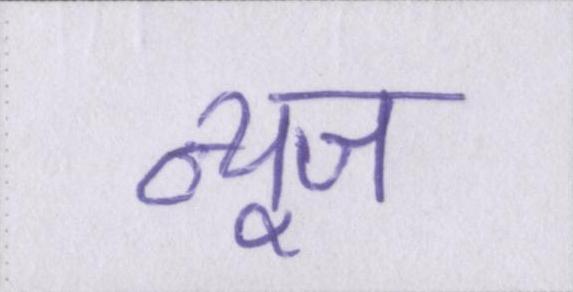
न्यूज